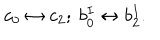
c _ { 0 } \leftrightarrow c _ { 2 } ; \ b _ { 0 } ^ { I } \leftrightarrow b _ { 2 } ^ { I } .